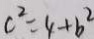
c ^ { 2 } = 4 + b ^ { 2 }